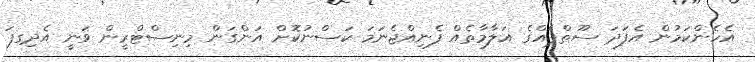
އެހެންކަމުން އެފަދަ ސޫތްޕެއްގެ އަލާމާތެއް ފެނިއްޖެނަމަ ކަސްނުކޮށް އަންގަން މިނިސްޓްރީން ވަނީ އެދިގފަ